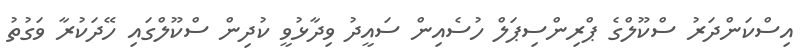
އިސްކަންދަރު ސްކޫލްގެ ޕްރިންސިޕަލް ހުސެއިން ސައީދު ވިދާޅުވީ ކުދިން ސްކޫލްގައި ހޭދަކުރާ ވަގުތު